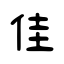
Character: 佳